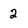
Character: 2